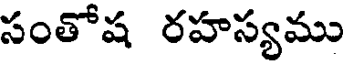
సంతోష రహస్యము